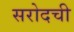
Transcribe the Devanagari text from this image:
सरोदची